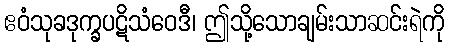
ဧဝံသုခဒုက္ခပဋိသံဝေဒီ၊ ဤသို့သောချမ်းသာဆင်းရဲကို